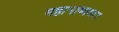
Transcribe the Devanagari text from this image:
महाभाष्यकर